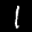
Label: 1